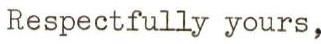
Respectfully yours,